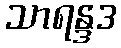
သာရန္ဒဒ